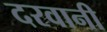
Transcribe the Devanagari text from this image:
दरवानी